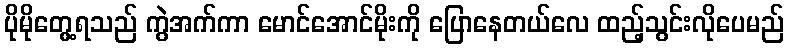
ပိုမိုတွေ့ရသည် ကွဲအက်ကာ မောင်အောင်မိုးကို ပြောနေတယ်လေ ထည့်သွင်းလိုပေမည်